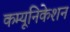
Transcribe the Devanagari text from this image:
कम्‍यूनिकेशन